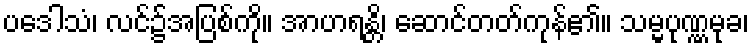
ပဒေါသံ၊ လင်၌အပြစ်ကို။ အာဟရန္တိ၊ ဆောင်တတ်ကုန်၏။ သမ္မပုဏ္ဏမုခ၊